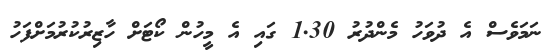
ނަމަވެސް އެ ދުވަހު މެންދުރު 1.30 ގައި އެ މީހުން ކޯޓަށް ހާޒިރުކުރުމަށްފަހު